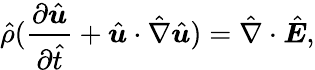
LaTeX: \hat{\rho}(\frac{\partial\hat{\boldsymbol{u}}}{\partial\hat{t}}+\hat{\boldsymbol{u}}\cdot\hat{\nabla}\hat{\boldsymbol{u}})=\hat{\nabla}\cdot\hat{\boldsymbol{E}},